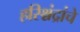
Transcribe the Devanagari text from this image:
हरिश्चंद्रांचे